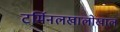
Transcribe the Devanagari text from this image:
टर्मिनलखालोखाल